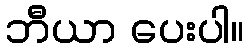
ဘီယာ ပေးပါ။